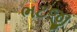
ભટજી